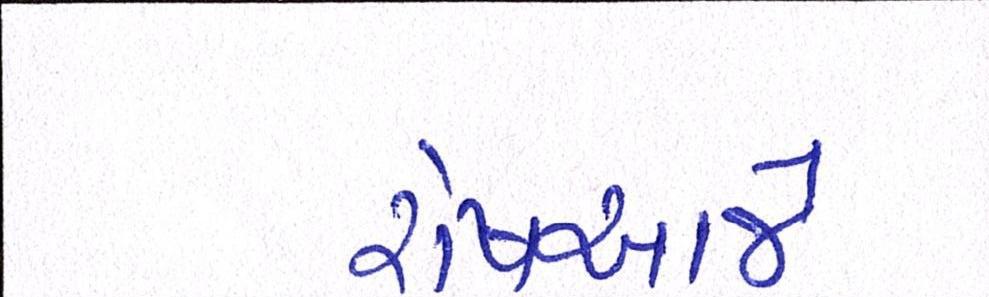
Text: રોષઆજે